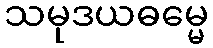
သမုဒယဓမ္မေ